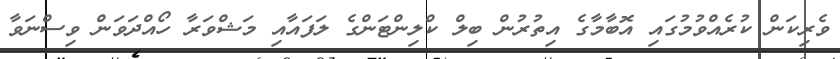
ވެރިކަން ކުރެއްވުމުގައި އޮބާމާގެ އިތުރުން ބިލް ކްލިންޓަންގެ ލަފައާއި މަޝްވަރާ ހޯއްދަވަން ވިސްނަވާ